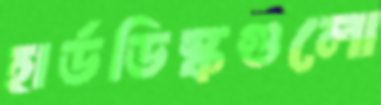
হার্ডডিস্কগুলো